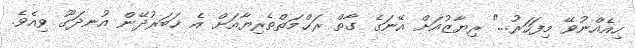
ހިއެއްނުވޭ މިފަހަރު..." ރިޔާޒުއަށް އޭނަގެ ގާތް ރަޙްމަތްތެރިޔާއަށް އެ ޚަބަރުދޭން އުނދަގޫ ވިއެވެ.